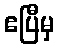
ဧပြီမှ